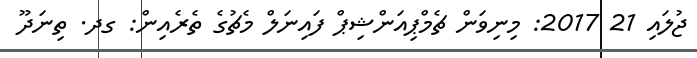
ޖުލައި 21 2017: މިނިވަން ޗެމްޕިއަންޝިޕް ފައިނަލް މެޗުގެ ތެރެއިން: ގދ. ތިނަދޫ